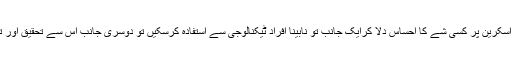
علی اسرار کے مطابق ٹچ اسکرین پر کسی شے کا احساس دلا کرایک جانب تو نابینا افراد ٹیکنالوجی سے استفادہ کرسکیں تو دوسری جانب اس سے تحقیق اور تفریح کو نیا روپ ملے گا۔